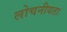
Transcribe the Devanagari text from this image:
लोचनीयता